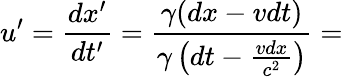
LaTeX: u^{\prime}={\frac{dx^{\prime}}{dt^{\prime}}}={\frac{\gamma(dx-vdt)}{\gamma\left(dt-{\frac{vdx}{c^{2}}}\right)}}=